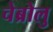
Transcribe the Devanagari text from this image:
चेब्रोलु